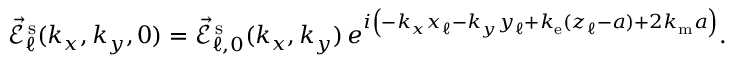
\begin{array} { r } { \vec { \mathcal { E } } _ { \ell } ^ { \mathrm { \, s } } ( k _ { x } , k _ { y } , 0 ) = \vec { \mathcal { E } } _ { \ell , 0 } ^ { \mathrm { \, s } } ( k _ { x } , k _ { y } ) \, e ^ { i \left( - k _ { x } x _ { \ell } - k _ { y } y _ { \ell } + k _ { \mathrm { e } } ( z _ { \ell } - a ) + 2 k _ { \mathrm { m } } a \vphantom { b ^ { 2 } } \right) } . } \end{array}